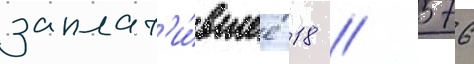
заплат'и́вшее 18 / 576